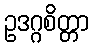
ဥဒဂ္ဂစိတ္တာ